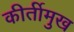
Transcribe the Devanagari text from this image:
कीर्तीमुख